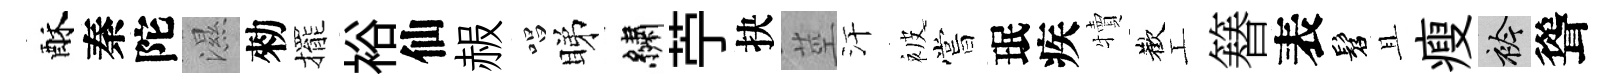
酥秦陀濕勑擺裕仙赧唱睇繡苧抉莖汗被嘗珉疾犢歡工簮表髫且瘦衿聳